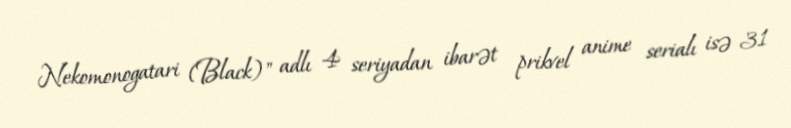
Nekomonogatari (Black)" adlı 4 seriyadan ibarət prikvel anime serialı isə 31